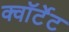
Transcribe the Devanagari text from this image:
क्वॉर्टेट